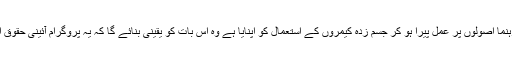
تاہم یہ خیال کیا جاتا ہے کہ جن علاقوں نے مندرجہ بالا رہنما اصولوں پر عمل پیرا ہو کر جسم زدہ کیمروں کے استعمال کو اپنایا ہے وہ اس بات کو یقینی بنائے گا کہ یہ پروگرام آئینی حقوق اور قدر کو برقرار رکھے جو ہر برادری میں بہت اہم ہے۔